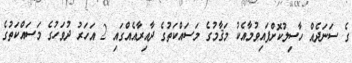
ގެ ސަނަދެއް ހާސިލުކޮށްފައިވުމާއެކު މަޤާމުގެ މަސައްކަތުގެ ދާއިރާއެއްގައި 2 އަހަރު ދުވަހުގެ މަސައްކަތުގެ